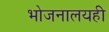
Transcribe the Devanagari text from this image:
भोजनालयही